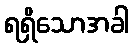
ရရှိသောအခါ